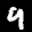
Label: 9